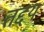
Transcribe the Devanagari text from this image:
तद्दय